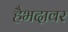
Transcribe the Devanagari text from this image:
हैभदावर